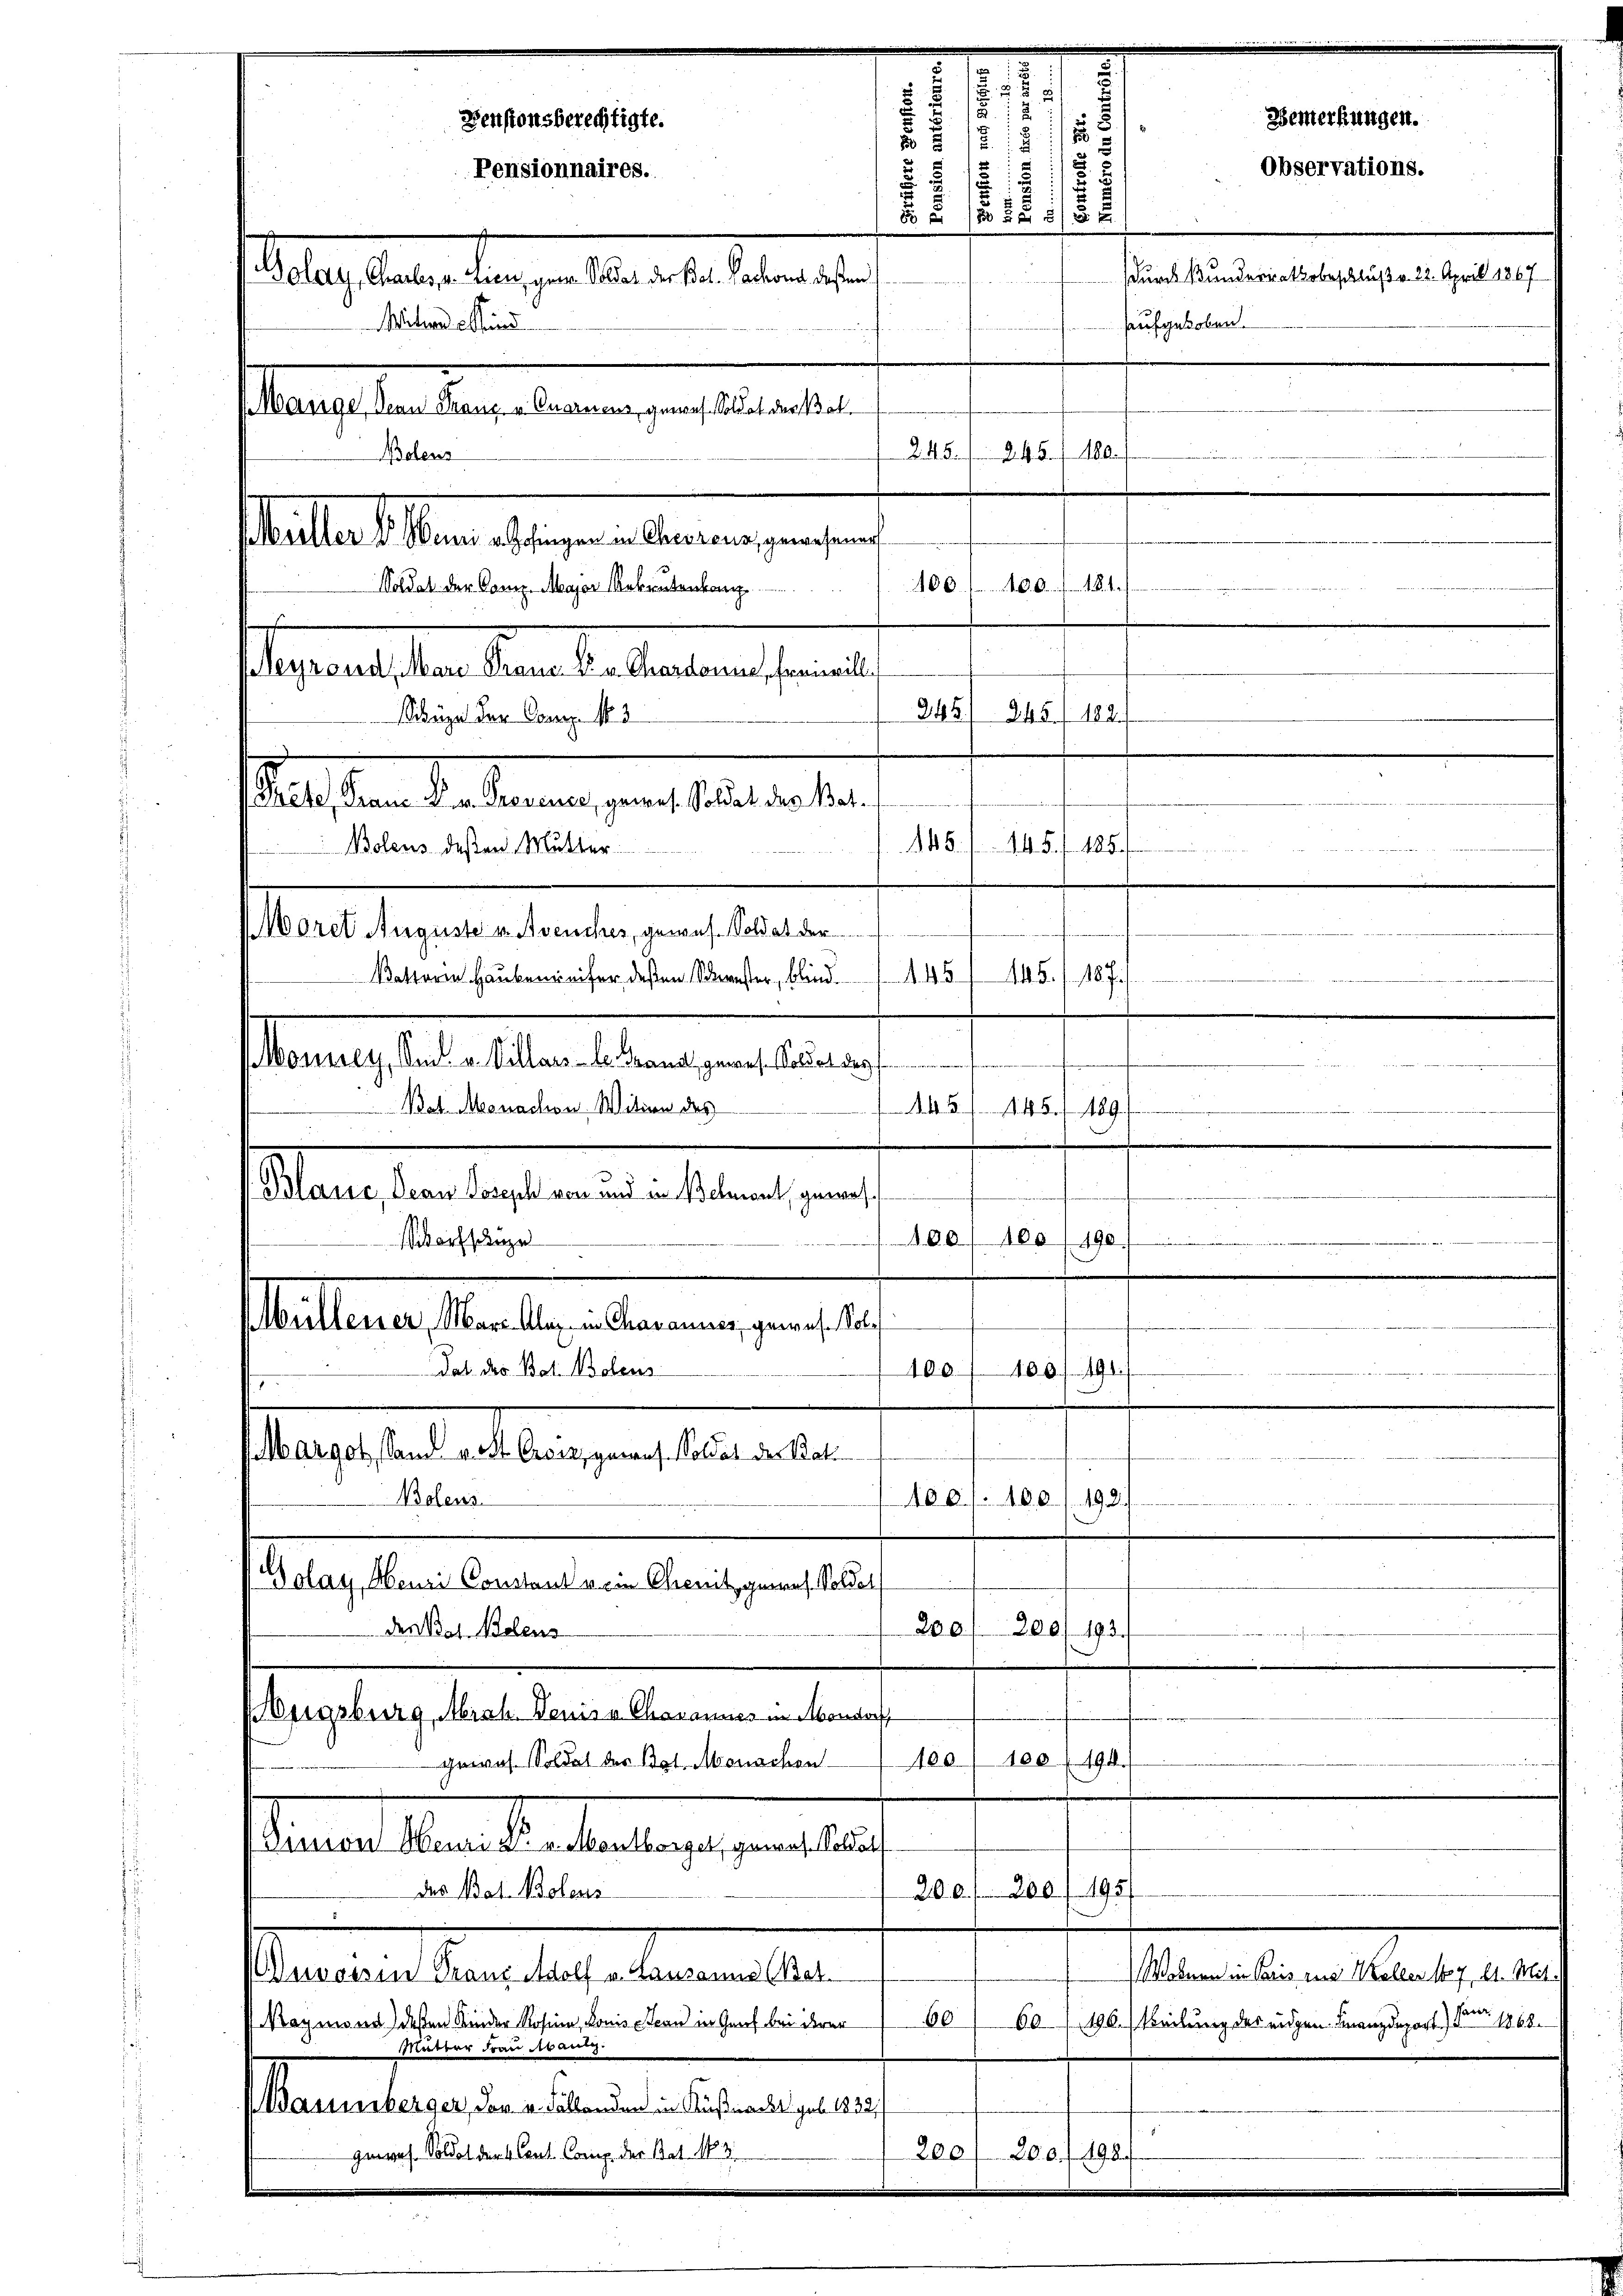
2
100
. . . . . . . .
Soldat der Comp. Major Rekrutenang
Segalisten den die alten seine
245. 245 f. 182.
Schügel der Comp. N. 3
Satisten den denen ans lesenen der
48. 445 f. 185
Bolens dessen Mutter
Morel Auguste u. Avenches, gewes. Soldat der
dende aber die und einen einen enthie und verein keineren ange
. 148. 145 f 18 J
Pastorin Haubenreifer deßen Scheenster, blinde
Monney, And. v. Villau - . Brandt, gewes. Soldat des
.
Bat. Monachen Witten des
A.45 (1145/ 189.
Blause, Dean Joseph von und in Behont, gewoh¬

iorfsanze
60. 100/190
Mutterner Standten Regierungen er
Dab. das Bat. Bodens
4.6. 6. f. 419. d.
100.
4
.
Margot, Sand v. St. Grenz, geraus. Soldat der Rat.
 Mart. 872
Bolens
100. f. 400 f. 192.
Golay, Heure Constand vom Chenitz geres. Soldet
200 f 300/ 193.
den Bos. Bolens
Eugsburg, Mrah. Denis a Charamus in Mondorf
100. 100 (194.
gewas. Soldat der Bat. Monachen
acant der den bestiegen ein lass
des Bat. Bolens
200 f 200 f. 193
r
Statuteur dans les begegneten
Maymond deßen Kinder Rosina, Bonis Stern in Graf bei derer
60
60 (196. Teilung des eidgen. Finanzdepart) pro 1868.
Mutter Frau Aran
(Baumberger, der u. Fallenden in Küßnacht geb. 1832.
genres. Soldat der Cant. Comp. der Bat. 13.
200 f 200. fl. 198.

Boless

u
Denstonsberechtigte.
8
u

i
17
Pensionnaires.
.
.
.
8 Z 180 f 8 x
etag lauten beigen aber den einen se
haufgehoben.
Miternde Stund
Manige, Senn Franz u. Quarnens gewes. Soldat der Baln
R. 454. 180
Mutter den Absagen neben angegangen,

Observations.

Wohnen in Paris zur Keller 1887, 21. Mit

Bemerkungen.

sdurch Bunderrathsbeschluße 22. April 1867